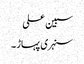
سبین علی
سنہری پہاڑ ۔